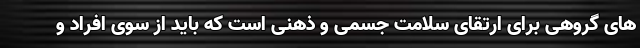
های گروهی برای ارتقای سلامت جسمی و ذهنی است که باید از سوی افراد و